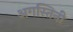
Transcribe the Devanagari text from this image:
अगस्तिनी